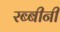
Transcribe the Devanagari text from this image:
रब्बीनी